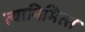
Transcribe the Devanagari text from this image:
त्‍यानिमित्‍त